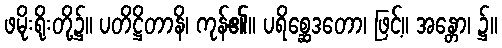
ဖမိုးရိုးတို့၌။ ပတိဋ္ဌိတာနိ၊ ကုန်၏။ ပရိစ္ဆေဒတော၊ ဖြင့်။ အန္တော၊ ၌။